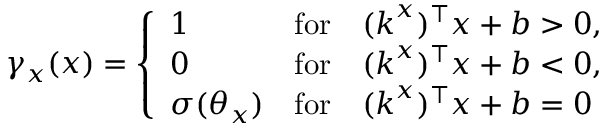
\gamma _ { x } ( \boldsymbol { x } ) = \left\{ \begin{array} { l l } { 1 } & { \mathrm { f o r } \quad ( \boldsymbol { k } ^ { x } ) ^ { \top } \boldsymbol { x } + b > 0 , } \\ { 0 } & { \mathrm { f o r } \quad ( \boldsymbol { k } ^ { x } ) ^ { \top } \boldsymbol { x } + b < 0 , } \\ { \sigma ( \theta _ { x } ) } & { \mathrm { f o r } \quad ( \boldsymbol { k } ^ { x } ) ^ { \top } \boldsymbol { x } + b = 0 } \end{array} \right.